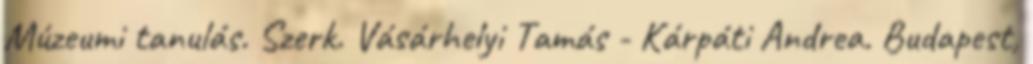
Múzeumi tanulás. Szerk. Vásárhelyi Tamás - Kárpáti Andrea. Budapest,